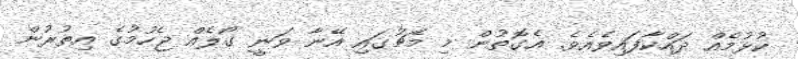
ކުޅުމެއް ދައްކާފައިވެއެވެ. އެގޮތުން މި މެޗުގައި އޭނާ ވަނީ ގޯލެއް ޖެހުމުގެ އިތުރުން